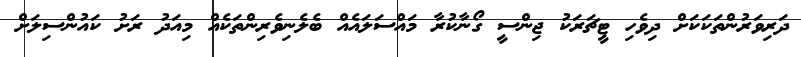
ދަރިވަރުންތަކަކަށް ދިވެހި ޓީޗަރަކު ޖިންސީ ގޯނާކުރާ މައްސަލައެއް ބެލެނިވެރިންތަކެއް މިއަދު ރަށު ކައުންސިލަށް